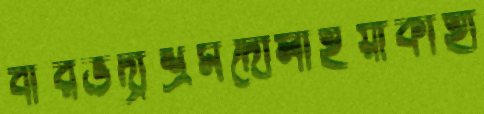
বীরভদ্রাশ্রমদোলাইয়াকাহা